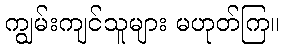
ကျွမ်းကျင်သူများ မဟုတ်ကြ။